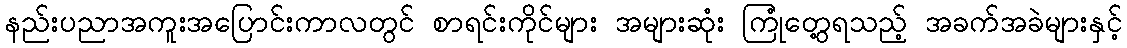
နည်းပညာအကူးအပြောင်းကာလတွင် စာရင်းကိုင်များ အများဆုံး ကြုံတွေ့ရသည့် အခက်အခဲများနှင့်